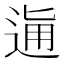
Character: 𨓛